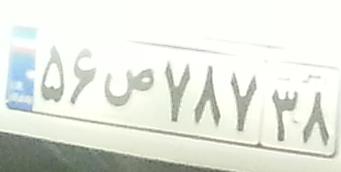
۵۶ص۷۸۷۳۸